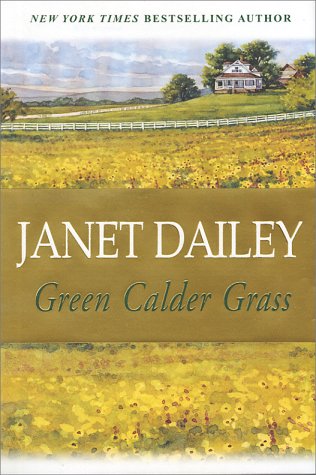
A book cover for Green Calder Grass; Janet Dailey; Literature & Fiction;